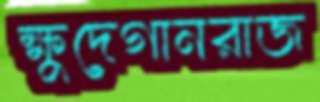
ক্ষুদেগানরাজ